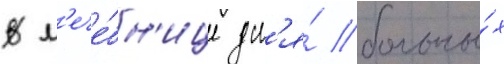
В л'ече́бн'ице дл'я́ больны́х